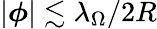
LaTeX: |\boldsymbol{\phi}|\lesssim\lambda_{\Omega}/2R